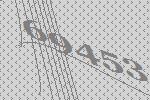
69453